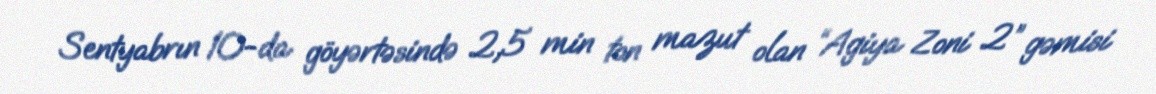
Sentyabrın 10-da göyərtəsində 2,5 min ton mazut olan “Agiya Zoni 2” gəmisi